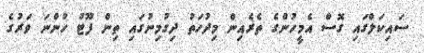
ސައިކަލްގައި ގޮސް އެމީހުންގެ ތެރެއިން މިދުހަތު ދިގުމިނުގައި ތިން ފޫޓު ހުންނަ ވަރުގެ